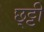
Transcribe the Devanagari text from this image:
छ्ट्टी